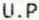
U.P